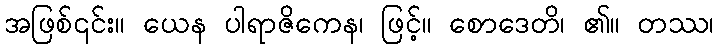
အဖြစ်၎င်း။ ယေန ပါရာဇိကေန၊ ဖြင့်။ စောဒေတိ၊ ၏။ တဿ၊